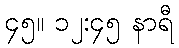
၄၅။ ၁၂:၄၅ နာရီ